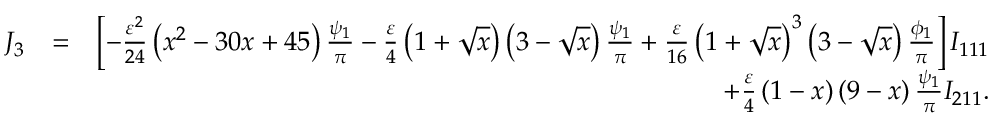
\begin{array} { r l r } { J _ { 3 } } & { = } & { \left[ - \frac { \varepsilon ^ { 2 } } { 2 4 } \left( x ^ { 2 } - 3 0 x + 4 5 \right) \frac { \psi _ { 1 } } { \pi } - \frac { \varepsilon } { 4 } \left( 1 + \sqrt { x } \right) \left( 3 - \sqrt { x } \right) \frac { \psi _ { 1 } } { \pi } + \frac { \varepsilon } { 1 6 } \left( 1 + \sqrt { x } \right) ^ { 3 } \left( 3 - \sqrt { x } \right) \frac { \phi _ { 1 } } { \pi } \right] I _ { 1 1 1 } } \\ & { } & { + \frac { \varepsilon } { 4 } \left( 1 - x \right) \left( 9 - x \right) \frac { \psi _ { 1 } } { \pi } I _ { 2 1 1 } . } \end{array}